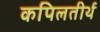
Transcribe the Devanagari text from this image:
कपिलतीर्थ